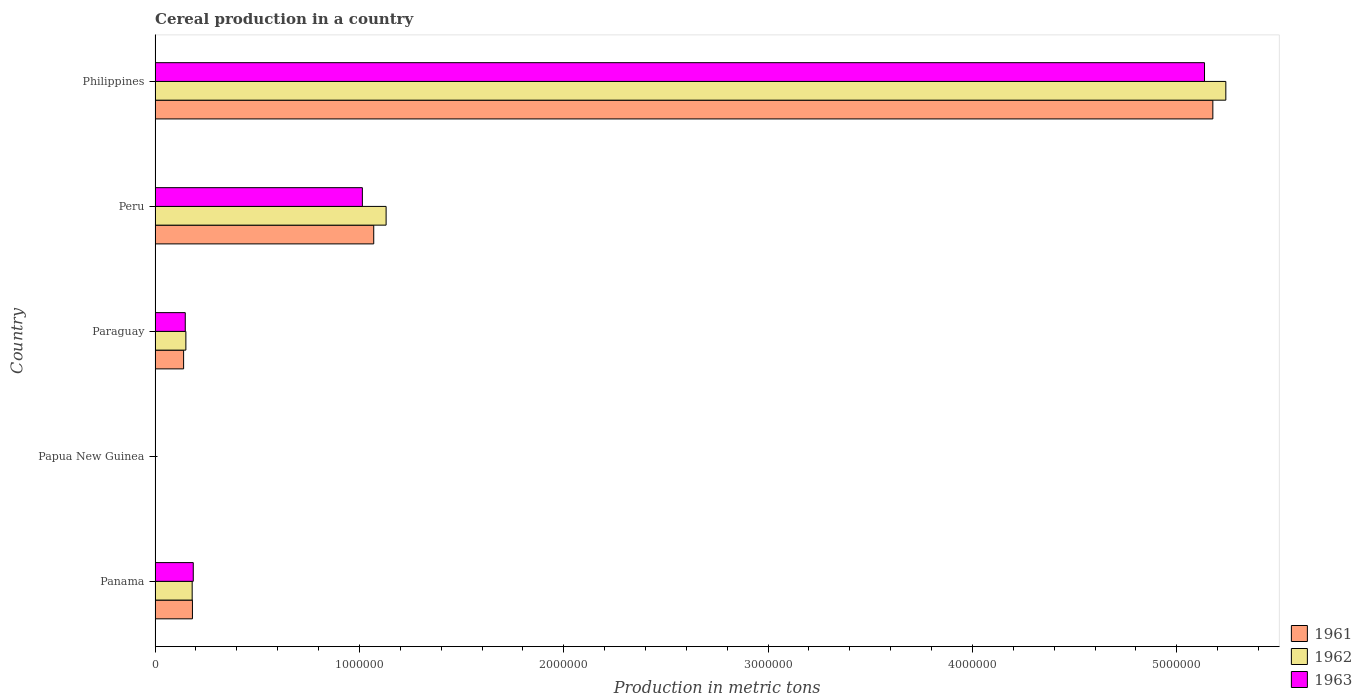
| Country | 1961 | 1962 | 1963 |
 | --- | --- | --- | --- |
 | Panama | 1.83e+05 | 1.82e+05 | 1.87e+05 |
 | Papua New Guinea | 1.85e+03 | 1.89e+03 | 1.87e+03 |
 | Paraguay | 1.4e+05 | 1.51e+05 | 1.48e+05 |
 | Peru | 1.07e+06 | 1.13e+06 | 1.01e+06 |
 | Philippines | 5.18e+06 | 5.24e+06 | 5.14e+06 |